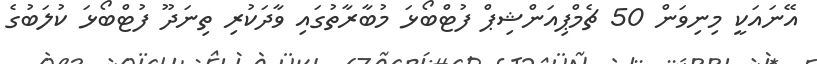
އޭނައަކީ މިނިވަން 50 ޗެމްޕިއަންޝިޕް ފުޓްބޯޅަ މުބާރާތުގައި ވާދަކުރި ތިނަދޫ ފުޓްބޯޅަ ކުލަބުގެ